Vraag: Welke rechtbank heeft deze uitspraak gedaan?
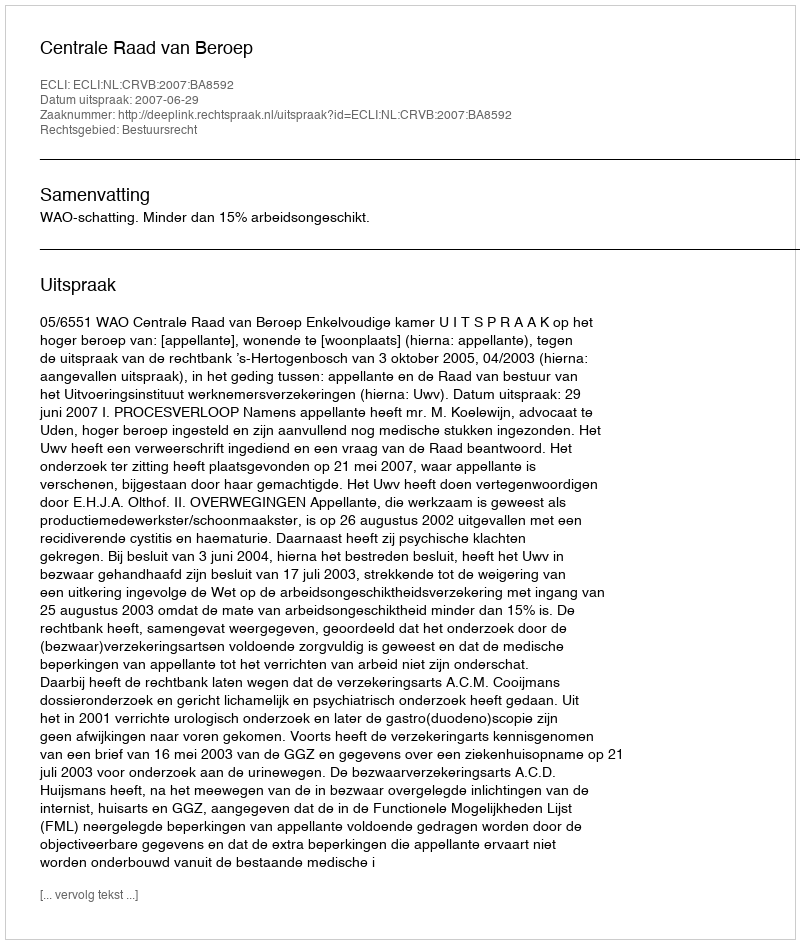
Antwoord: Centrale Raad van Beroep